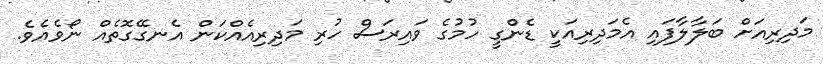
މަދިރިއަށް ބަލާލާފައި އެމަދިރިއަކީ ޑެންގީ ހުމުގެ ވައިރަސް ހުރި މަދިރިއެއްކަން އެނގޭގޮތެއް ނޯވެއެވެ.